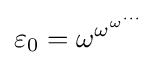
\varepsilon _{0}=\omega ^{\omega ^{\omega ^{\cdots }}}